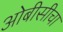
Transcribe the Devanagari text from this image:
ओबीसीचा